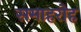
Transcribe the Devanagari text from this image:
समाहरोह